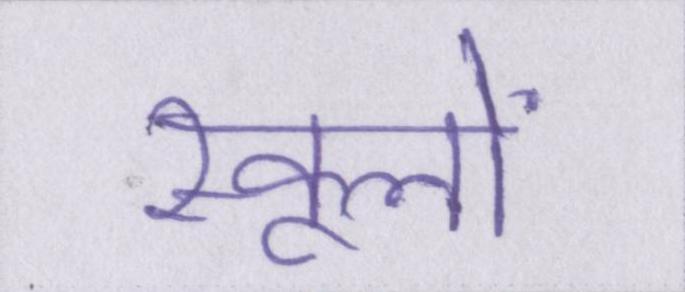
स्कूलों